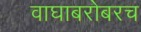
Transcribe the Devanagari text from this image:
वाघाबरोबरच